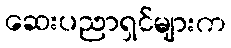
ဆေးပညာရှင်များက